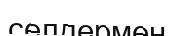
селдермен